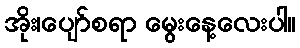
အိုး၊ပျော်စရာ မွေးနေ့လေးပါ။